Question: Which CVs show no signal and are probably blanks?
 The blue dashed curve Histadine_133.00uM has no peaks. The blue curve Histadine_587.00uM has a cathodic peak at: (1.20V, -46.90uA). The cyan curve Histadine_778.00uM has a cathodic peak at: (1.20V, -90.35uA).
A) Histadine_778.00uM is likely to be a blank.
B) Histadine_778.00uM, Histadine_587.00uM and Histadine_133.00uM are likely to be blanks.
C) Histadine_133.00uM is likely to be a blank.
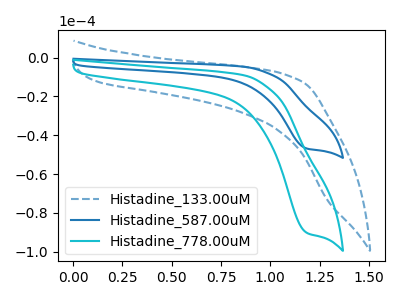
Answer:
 <answer>C) "Histadine_133.00uM" is likely to be a blank.</answer>
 <eval>C</eval>